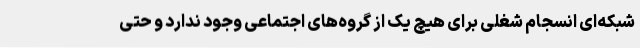
شبکه‌ای انسجام شغلی برای هیچ یک از گروه‌های اجتماعی وجود ندارد و حتی